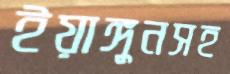
ইয়াঙ্গুনসহ